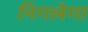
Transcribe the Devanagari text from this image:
निगलेगा